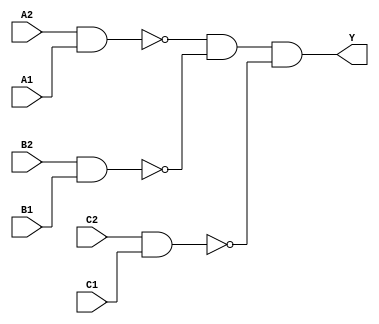
module sky130_fd_sc_ls__a222oi (
    Y ,
    A1,
    A2,
    B1,
    B2,
    C1,
    C2
);

    // Module ports
    output Y ;
    input  A1;
    input  A2;
    input  B1;
    input  B2;
    input  C1;
    input  C2;

    // Local signals
    wire nand0_out ;
    wire nand1_out ;
    wire nand2_out ;
    wire and0_out_Y;

    //   Name   Output      Other arguments
    nand nand0 (nand0_out , A2, A1                         );
    nand nand1 (nand1_out , B2, B1                         );
    nand nand2 (nand2_out , C2, C1                         );
    and  and0  (and0_out_Y, nand0_out, nand1_out, nand2_out);
    buf  buf0  (Y         , and0_out_Y                     );

endmodule